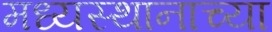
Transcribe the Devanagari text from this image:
मध्यस्थानाच्या